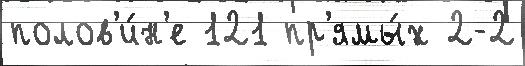
полов'и́н'е 121 пр'ямы́х 2-2